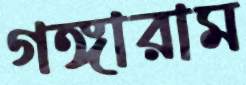
গঙ্গারাম